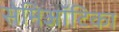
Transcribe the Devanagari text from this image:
सेमिऑटिका